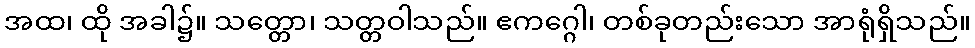
အထ၊ ထို အခါ၌။ သတ္တော၊ သတ္တဝါသည်။ ဧကဂ္ဂေါ၊ တစ်ခုတည်းသော အာရုံရှိသည်။